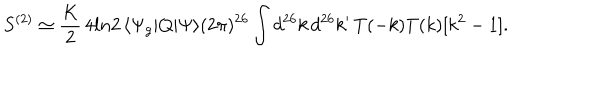
S ^ { ( 2 ) } \simeq \frac K 2 \, 4 l n 2 \, \langle \Psi _ { g } | Q | \Psi \rangle ( 2 \pi ) ^ { 2 6 } \int d ^ { 2 6 } k \, d ^ { 2 6 } k ^ { \prime } \, T ( - k ) T ( k ) [ k ^ { 2 } - 1 ] .